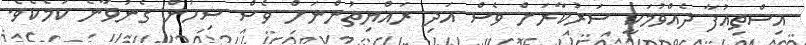
އިސްތިއުފާ ދެއްވުމަކީ ސަރުކާރަށް ވެސް އަދި ރައްޔިތުންނަށް ވެސް ސިހުން ގެނުވާނެ ކަމެކެވެ.